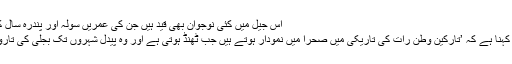
Image caption اس جیل میں کئی نوجوان بھی قید ہیں جن کی عمریں سولہ اور پندرہ سال کے لگ بھگ ہیں
انھیں میں سے ایک عبدالبلا ہیں جن کا کہنا ہے کہ ’تارکینِ وطن رات کی تاریکی میں صحرا میں نمودار ہوتے ہیں جب ٹھنڈ ہوتی ہے اور وہ پیدل شہروں تک بجلی کی تاروں کا تعاقب کرتے ہوئے پہنچتے ہیں۔